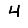
Digit: 4